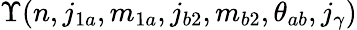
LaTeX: \Upsilon(n,j_{1a},m_{1a},j_{b2},m_{b2},\theta_{ab},j_{\gamma})